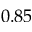
0 . 8 5